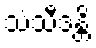
သံသီဒန္တိ